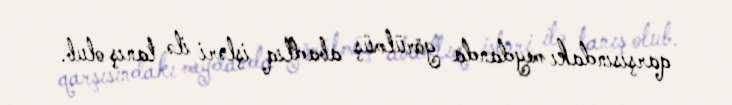
qarşısındakı meydanda görülmüş abadlıq işləri ilə tanış olub.